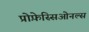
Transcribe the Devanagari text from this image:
प्रोफ़ेस्सिओनल्स